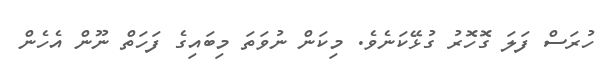
ހުރަސް ފަލަ ގޮހޮރު ގުޅޭކަނެވެ. މިކަން ނުވަތަ މިބައިގެ ފަހަތް ނޫން އެހެން